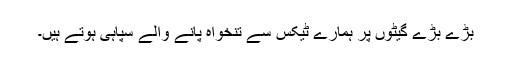
بڑے بڑے گیٹوں پر ہمارے ٹیکس سے تنخواہ پانے والے سپاہی ہوتے ہیں۔